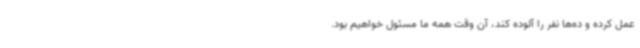
عمل کرده و ده‌ها نفر را آلوده کند، آن وقت همه ما مسئول خواهیم بود.